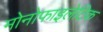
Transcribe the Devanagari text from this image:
मोनोफाइलेटिक